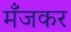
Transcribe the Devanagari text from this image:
मँजकर